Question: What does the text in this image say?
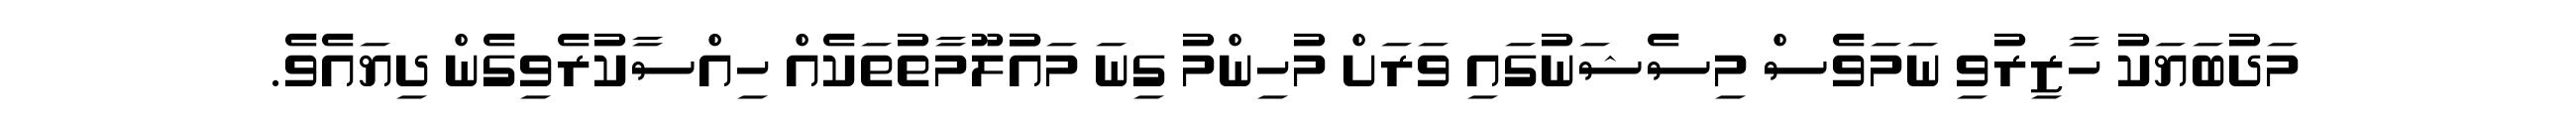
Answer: މަދުބަޔަކު ހާޒިރުވި ނަމަވެސް މިސެޝަނުގައި ވަރަށް މުހިންމު ގިނަ މައުުލޫމާތުތަކެއް ހިއްސާކުރެވިގެން ދިޔައެވެ.